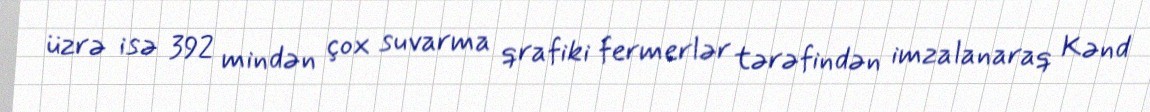
üzrə isə 392 mindən çox suvarma qrafiki fermerlər tərəfindən imzalanaraq Kənd